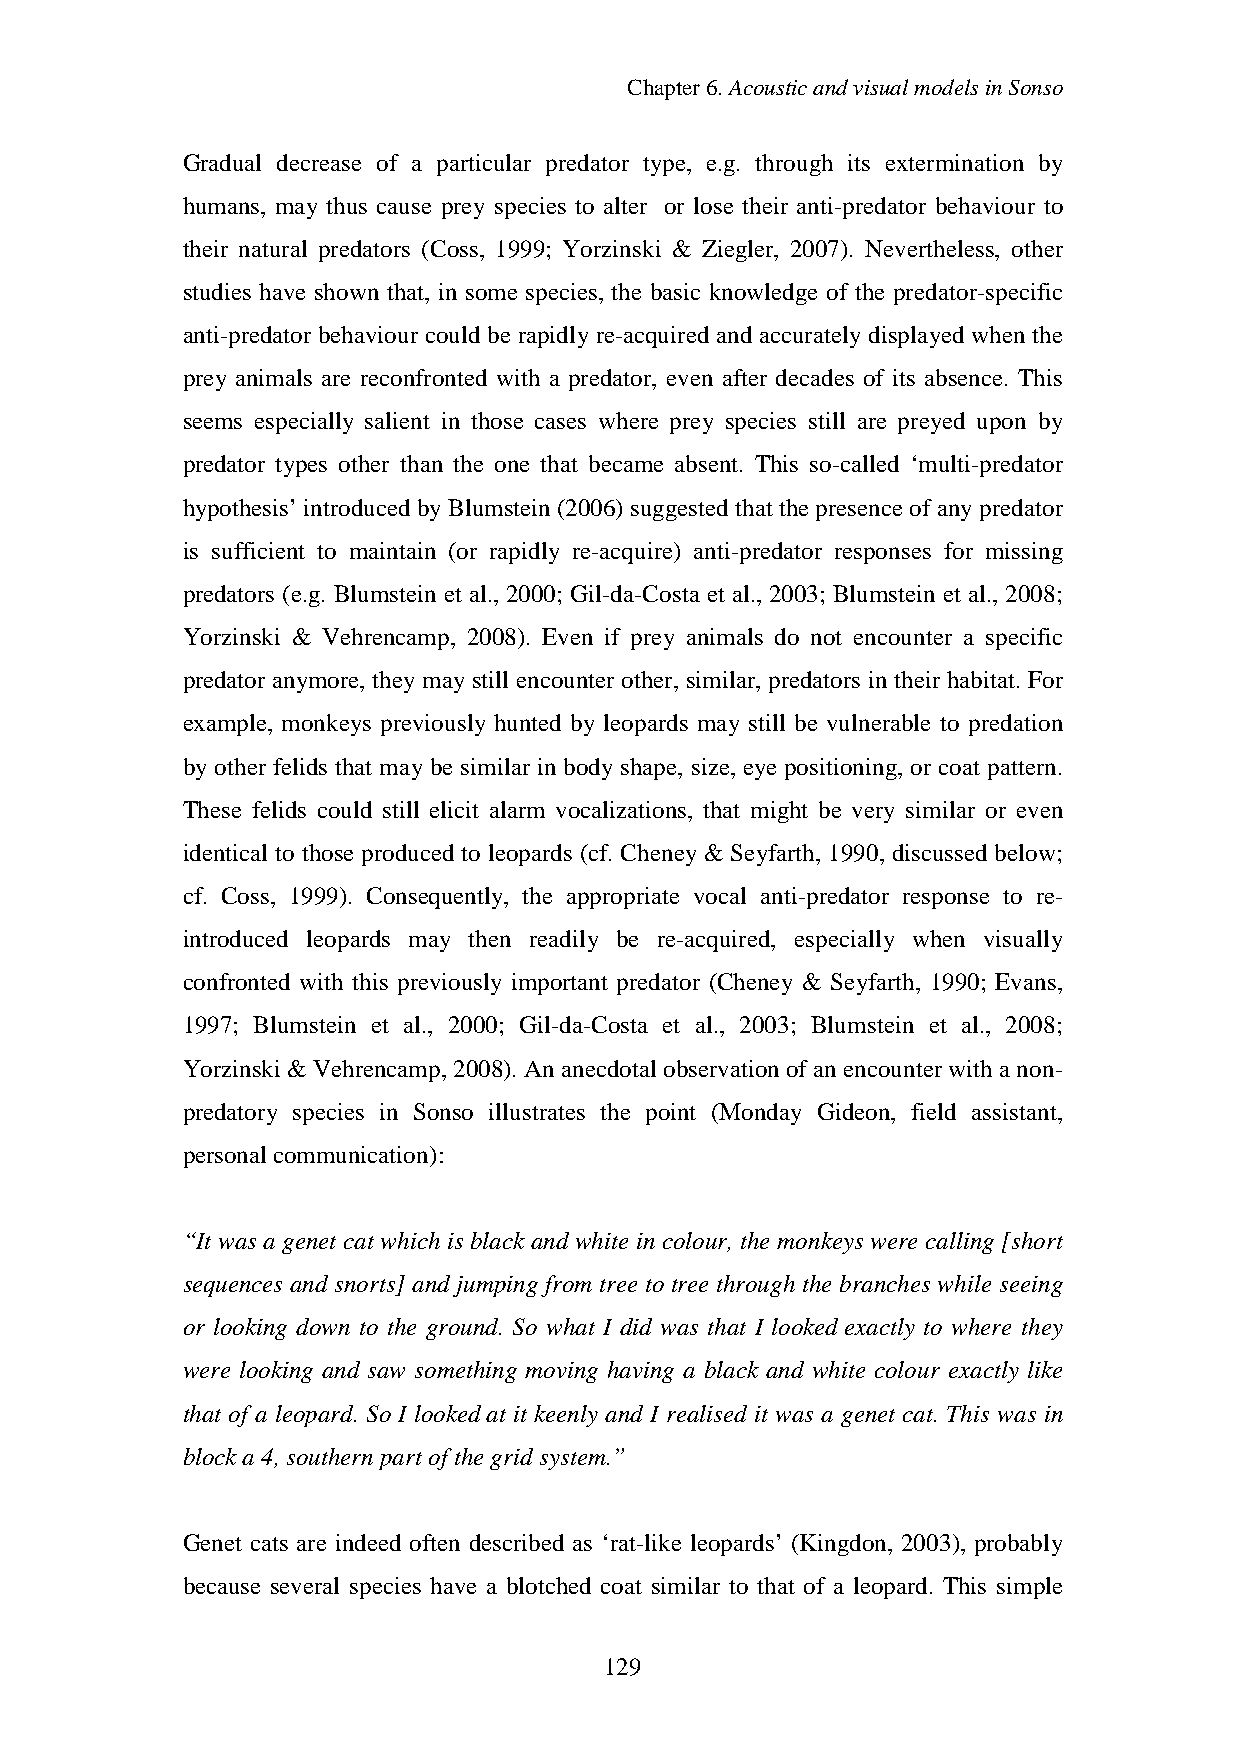
Chapter6.AcousticandvisualmodelsinSonso
 Gradual decrease of a particular predator type, e.g. through its extermination by
 humans, may thus cause prey species to alter or lose their anti-predator behaviour to
 their natural predators (Coss, 1999; Yorzinski & Ziegler, 2007). Nevertheless, other
 studies have shown that, in some species, the basic knowledge of the predator-specific
 anti-predator behaviour could be rapidlyre-acquired and accuratelydisplayed when the
 prey animals are reconfronted with a predator, even after decades of its absence. This
 seems especially salient in those cases where prey species still are preyed upon by
 predator types other than the one that became absent. This so-called ‘multi-predator
 hypothesis’introducedbyBlumstein(2006)suggestedthat thepresenceof anypredator
 is sufficient to maintain (or rapidly re-acquire) anti-predator responses for missing
 predators (e.g. Blumstein et al., 2000; Gil-da-Costa et al., 2003; Blumstein et al., 2008;
 Yorzinski & Vehrencamp, 2008). Even if prey animals do not encounter a specific
 predator anymore, theymaystill encounter other, similar, predators in their habitat. For
 example, monkeys previously hunted by leopards may still be vulnerable to predation
 by other felids that may be similar in body shape, size, eye positioning, or coat pattern.
 These felids could still elicit alarm vocalizations, that might be very similar or even
 identical to those produced to leopards (cf. Cheney & Seyfarth, 1990, discussed below;
 cf. Coss, 1999). Consequently, the appropriate vocal anti-predator response to re-
 introduced leopards may then readily be re-acquired, especially when visually
 confronted with this previously important predator (Cheney & Seyfarth, 1990; Evans,
 1997; Blumstein et al., 2000; Gil-da-Costa et al., 2003; Blumstein et al., 2008;
 Yorzinski &Vehrencamp,2008).An anecdotal observationof an encounterwith anon-
 predatory species in Sonso illustrates the point (Monday Gideon, field assistant,
 personal communication):
 “It was a genet cat which is black and white in colour, the monkeys were calling [short
 sequences and snorts] and jumping from tree to tree through the branches while seeing
 or looking down to the ground. So what I did was that I lookedexactly to where they
 were looking and saw something moving having a black and white colour exactly like
 that of a leopard. So I lookedat it keenly and I realised it was a genet cat. This was in
 blocka4,southern part of thegridsystem.”
 Genet cats are indeed often described as ‘rat-like leopards’ (Kingdon, 2003), probably
 because several species have a blotched coat similar to that of a leopard. This simple
 129